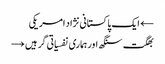
← ایک پاکستانی نژاد امریکی
بھگت سنگھ اور ہماری نفسیاتی گرہیں →